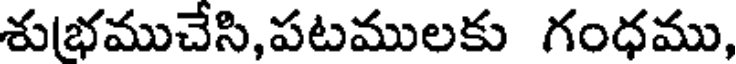
శుభముచేసి,పటములకు గంధము,